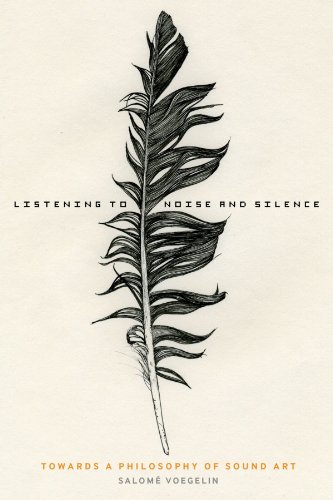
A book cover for Listening to Noise and Silence: Towards a Philosophy of Sound Art; Salome Voegelin; Politics & Social Sciences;